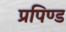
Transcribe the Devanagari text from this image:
प्रपिण्ड